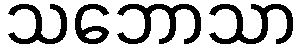
သဘောသာ